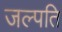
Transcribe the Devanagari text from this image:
जल्पति